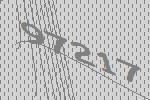
97217